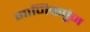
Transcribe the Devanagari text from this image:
माणिकपुंज